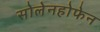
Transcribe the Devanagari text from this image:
सोलेनहोफेन